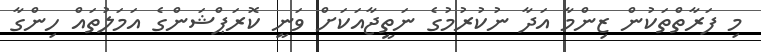
މި ފަރާތްތަކުން ޒިންމާ އަދާ ނުކުރުމުގެ ނަތީޖާއަކަށް ވަނީ ކޮރަޕްޝަންގެ އަމަލުތައް ހިންގާ